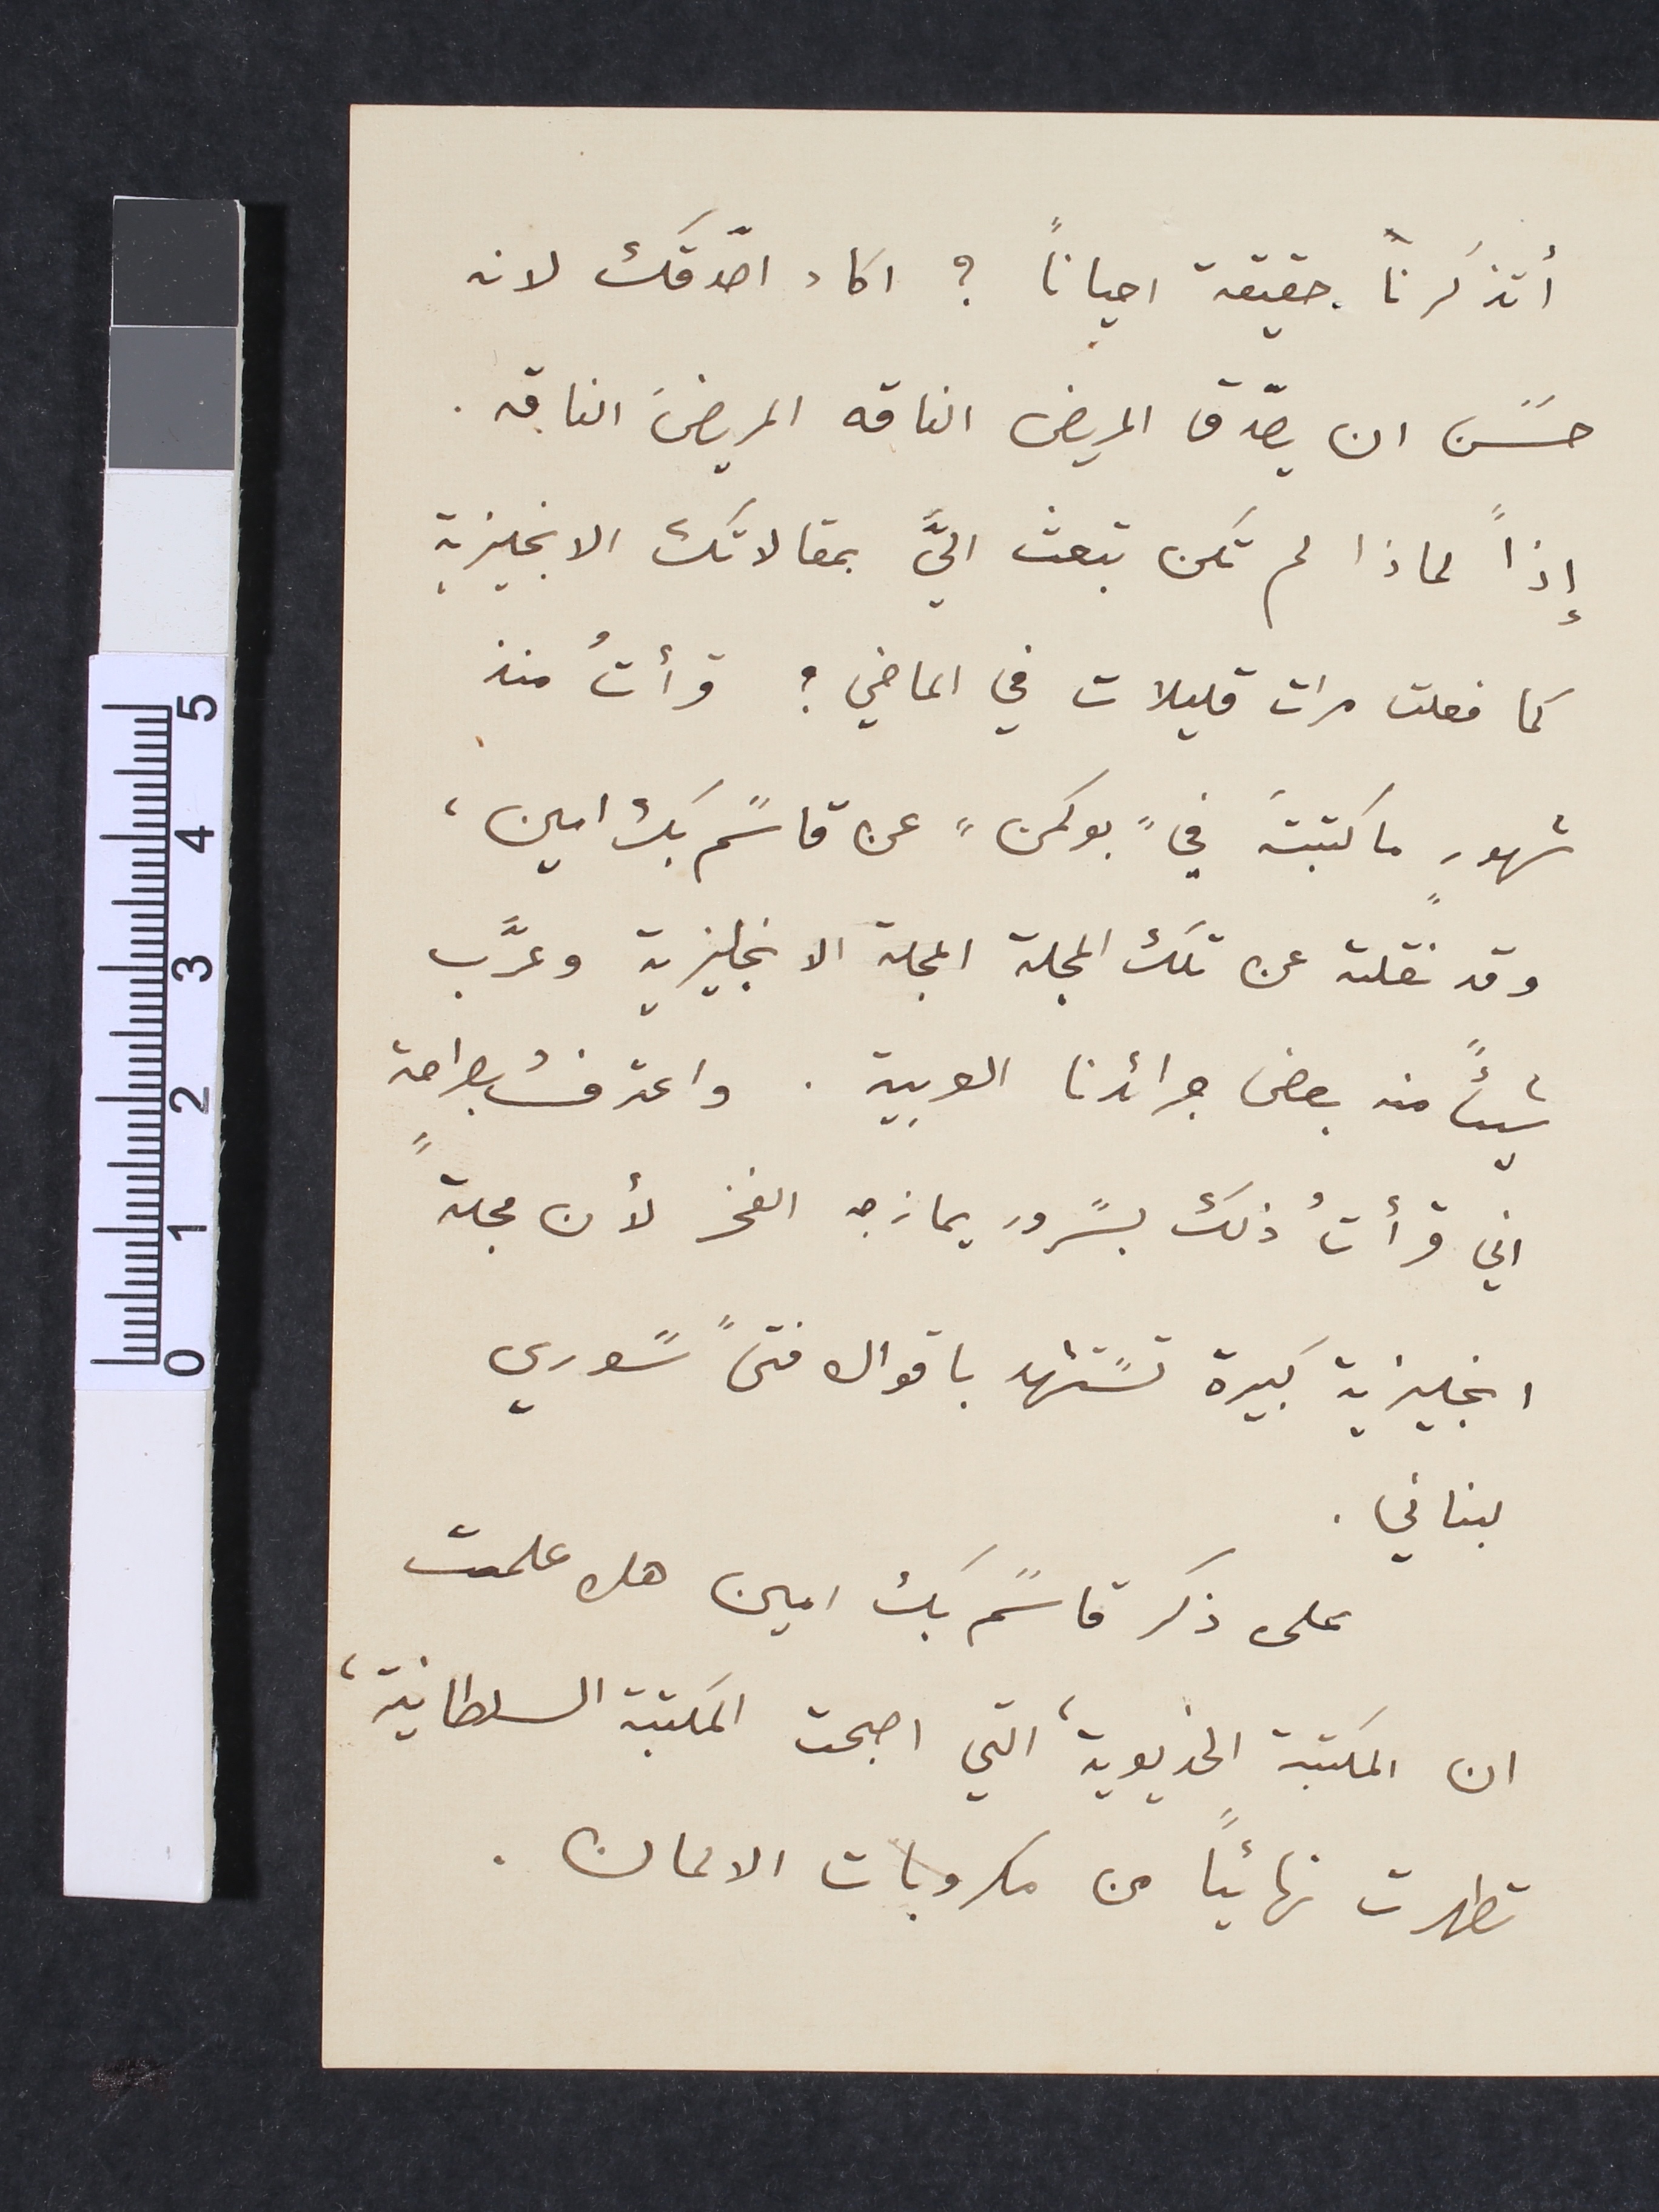
أتذكرنا. حقيقة احياناً؟ اكاد اصدّقك لانه
حسًن ان يصدّق المريض الناقه المريضَ الناقه.
اذاً لماذا لم تكن تبعث اليَّ بمقالاتك الانجليزية
كما فعلت مرات قليلات في الماضي؟ قرأتُ منذ
شهورٍ ما كتبتَه في "بوكمن" عن قاسًم بك امين،
وقد نقلته عن تلك المجلة المجلة الانجليزية وعرَّب
شيئاً منه بعض جرائدنا العربية. واعترفُ بصراحةٍ
اني قرأتُ ذلك بسًرور يمازجه الفخر لأن مجلة
انجليزية كبيرة تسًتشهد باقوال فتىً سًوري
لبناني.
على ذكر قاسًم بك امين هل علمت
ان المكتبة الخديوية، التي اصبحت المكتبة السلطانية،
تطهرت نهائياً من مكروبات الالمان.